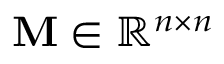
\mathbf { M } \in \mathbb { R } ^ { n \times n }